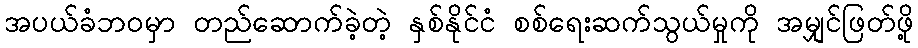
အပယ်ခံဘဝမှာ တည်ဆောက်ခဲ့တဲ့ နှစ်နိုင်ငံ စစ်ရေးဆက်သွယ်မှုကို အမျှင်ဖြတ်ဖို့